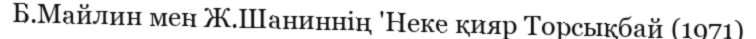
Б.Майлин мен Ж.Шаниннің 'Неке қияр Торсықбай (1971)